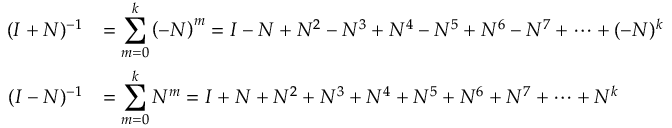
{ \begin{array} { r l } { ( I + N ) ^ { - 1 } } & { = \displaystyle \sum _ { m = 0 } ^ { k } \left( - N \right) ^ { m } = I - N + N ^ { 2 } - N ^ { 3 } + N ^ { 4 } - N ^ { 5 } + N ^ { 6 } - N ^ { 7 } + \cdots + ( - N ) ^ { k } } \\ { ( I - N ) ^ { - 1 } } & { = \displaystyle \sum _ { m = 0 } ^ { k } N ^ { m } = I + N + N ^ { 2 } + N ^ { 3 } + N ^ { 4 } + N ^ { 5 } + N ^ { 6 } + N ^ { 7 } + \cdots + N ^ { k } } \end{array} }